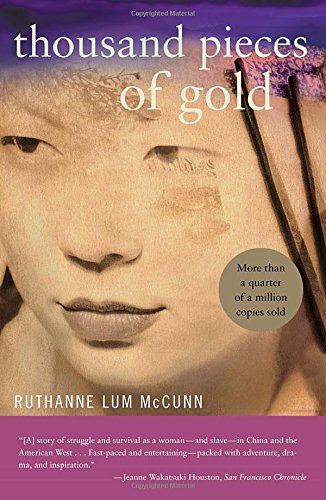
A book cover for Thousand Pieces of Gold; Ruthanne Lum McCunn; Teen & Young Adult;